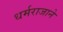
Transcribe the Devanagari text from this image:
धर्मराजाने